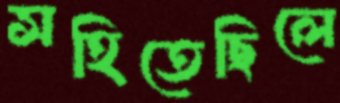
সহিতেছিলে